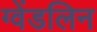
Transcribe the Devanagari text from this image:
ग्वेंडलिन